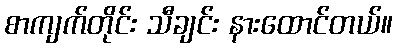
စာကျက်တိုင်း သီချင်း နားထောင်တယ်။